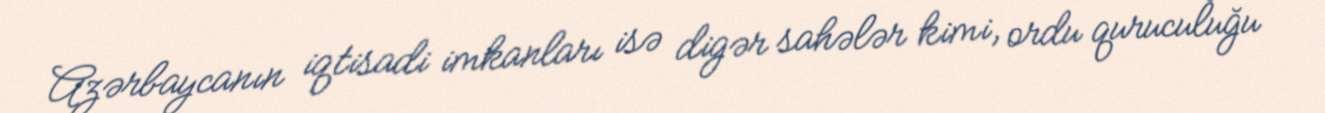
Azərbaycanın iqtisadi imkanları isə digər sahələr kimi, ordu quruculuğu